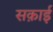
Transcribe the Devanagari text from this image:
सक़ाई